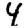
Digit: 4